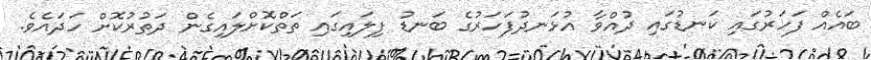
ބައެއް ފަހަރުގައި ކަނޑުގައި ދުއްވާ އުޅަނދުފަހަރުގެ ބަނޑު ފިލައިގައި ތަތްކޮށްލައިގެން ދަތުރުކޮށް ހަދައެވެ.